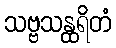
သဗ္ဗသန္ထရိတံ